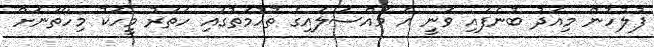
ފުލުހުން މިއަދު ބުނެފައި ވަނީ އެ މައްސަލައިގެ ތުހުމަތުގައި ހަތަރު މީހަކު މިހާތަނަށް